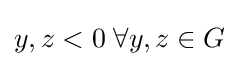
y,z<0\;\forall y,z\in G